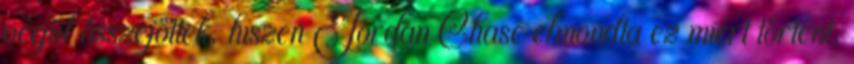
végül összejöttek, hiszen Jordan Chase elmondta ez miért történt,